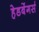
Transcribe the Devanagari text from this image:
हेडबेंगर्स